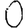
Digit: 0